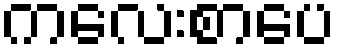
ကလေးစာပေ